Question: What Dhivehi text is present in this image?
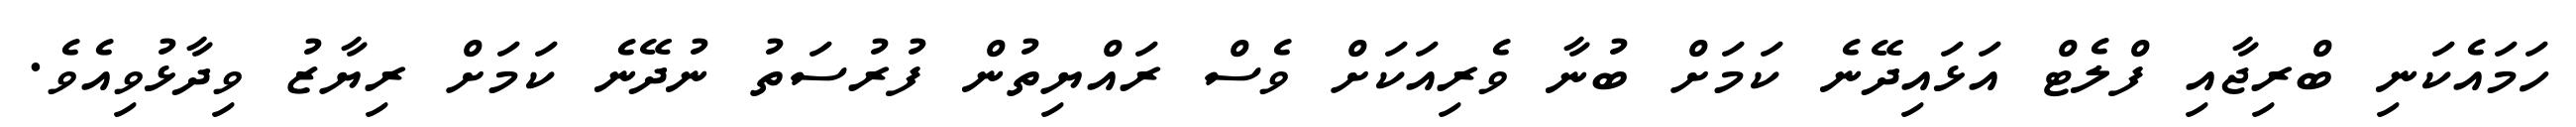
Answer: ހަމައެކަނި ބްރިޖާއި ފްލެޓް އަޅައިދޭނެ ކަމަށް ބުނާ ވެރިއަކަށް ވެސް ރައްޔިތުން ފުރުސަތު ނުދޭނެ ކަމަށް ރިޔާޒު ވިދާޅުވިއެވެ.